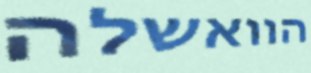
הוואשלה